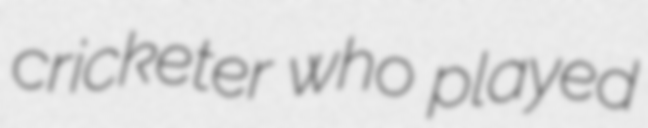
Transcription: cricketer who played